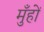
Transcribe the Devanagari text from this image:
मुँहों